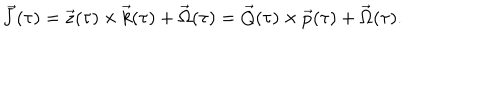
LaTeX: \vec { J } ( \tau ) = \vec { z } ( \tau ) \times \vec { k } ( \tau ) + \vec { \Omega } ( \tau ) = \vec { Q } ( \tau ) \times \vec { p } ( \tau ) + \vec { \Omega } ( \tau ) .